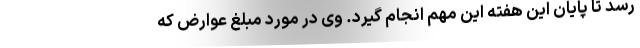
رسد تا پایان این هفته این مهم انجام گیرد. وی در مورد مبلغ عوارض که